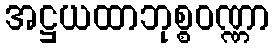
အဋ္ဌယထာဘုစ္စဝဏ္ဏာ